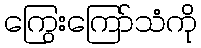
ကြွေးကြော်သံကို